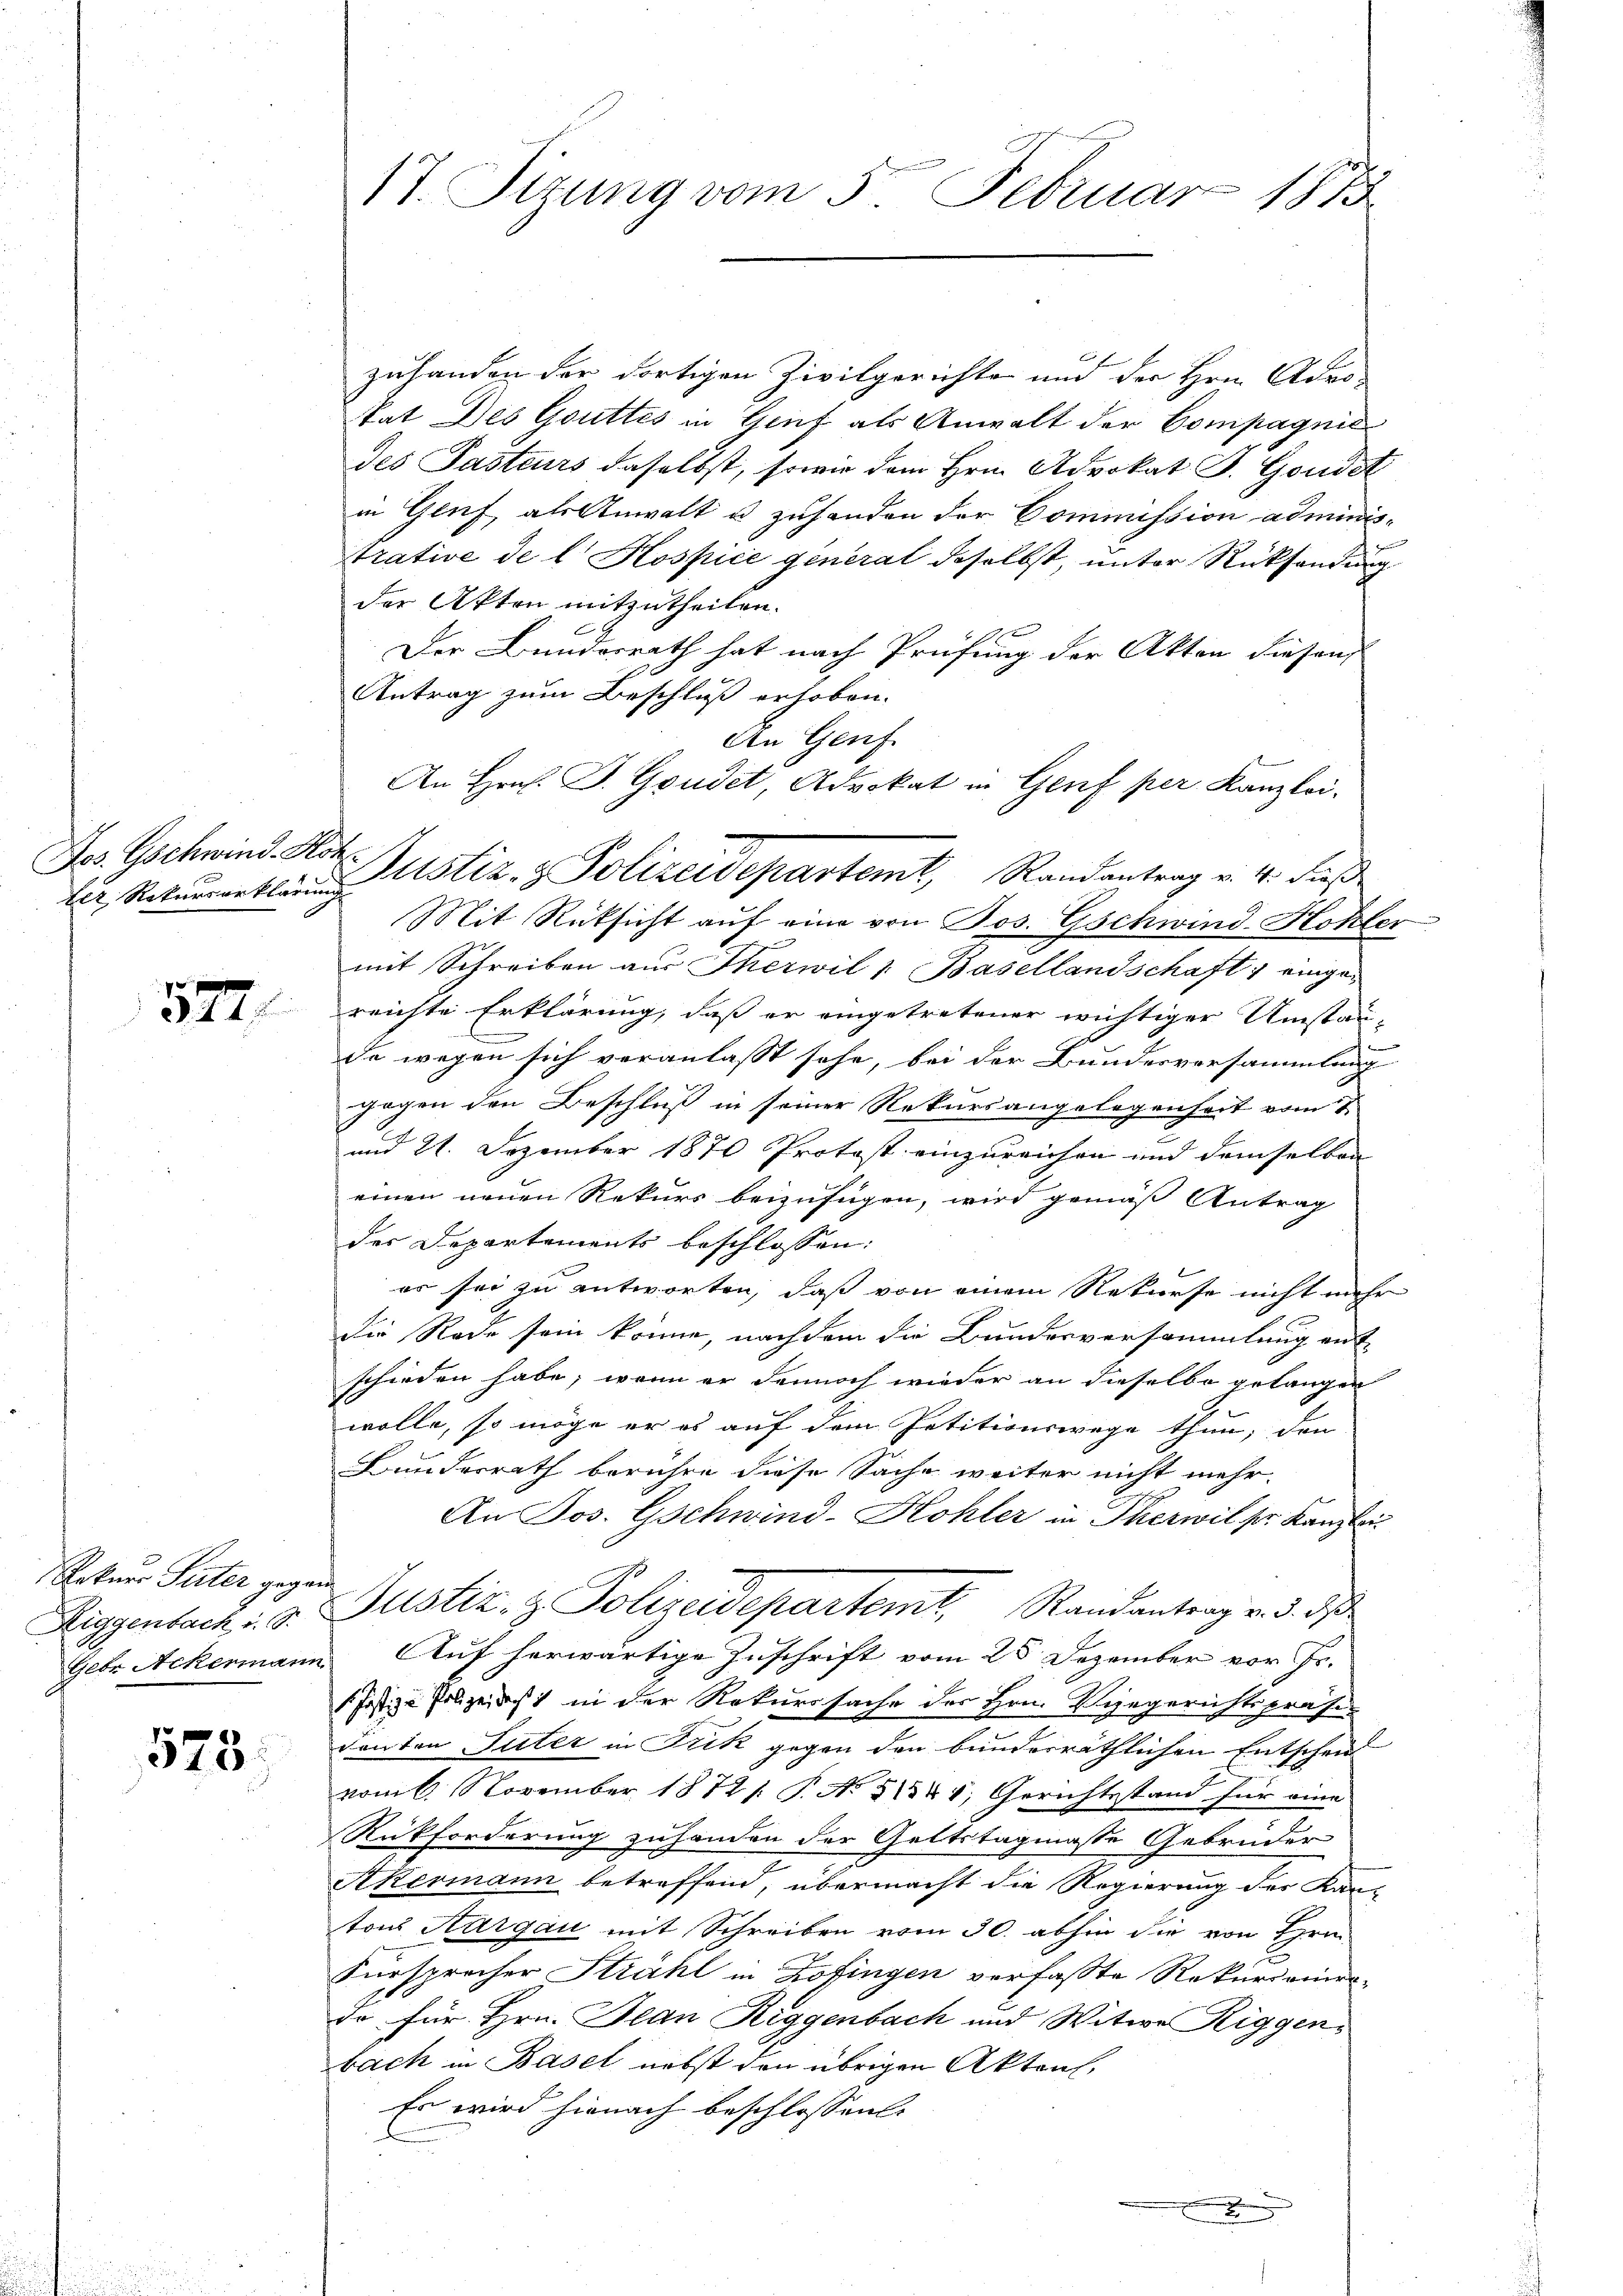
Jos. Gschwind-Roh.

572

Rekurs Peter gegen

578.

zuhanden der dortigen Zivilgerichte und der Hrn. Advotat des Gottes in Genf als Anwalt der Compagnie
des Pasteurs daselbst, sowie dem Hrn. Advokat J. Goudet
in Genf, als Anwalt u. zuhanden der Commission administrative de l Hospice general daselbst, unter Rücksendung
der Akten mitzutheilen.
Der Bundesrath hat nach Prüfung der Akten diesen
Antrag zum Beschluß erhoben.
An Genf.
Mit Rüksicht auf eine von Jos. Gschwind-Hohler
mit Schreiben aus Therwil v. Basellandschaft 1 eingereichte Erklärung, daß er eingetretener wichtiger Umstan-
da wegen sich veranlaßt sehe, bei der Bundesversammlung
gogen den Beschluß in seiner Rekursangelegenheit vom 2
und 21. Dezember 1870 Protost einzureichen und demselben
einen neuen Rekurs beizufügen, wird gemäß Antrag
der Departements beschlossen:
er sei zu antworten, daß von einem Rekurse nicht mehr
die Rede sein könne, nachdem die Bundesversammlung ent
schieden habe, wenn er dennoch wieder an dieselbe gelangen
wolle, so möge er es auf dem Petitionswege thun; den
Bundesrath berühre diese Sache weiter nicht mehr.
An Jos. Gschwind-Kohler in Therwil ser Kanzle
Riggenbach. d. Justiz- & Polizeidepartemt, Randantrag v. 3. ds
Gebr. Ackermann Auf herwärtige Zuschrift vom 28. Dezember vor Jr.
s Justiz-Polizeist in der Rekurssache des Hrn. Vizegerichtspräsidanten Suter in Frik gegen den bunderräthlichen Entschen
vom 6. November 1872/. P. No 81344, Gerichtsstand für eine
Rückforderung zuhanden der Geltstagmasse Gebrüder
Akermann betreffend, übermacht die Regierung der Kan-
tons Aargau mit Schreiben vom 30. abhin die von Hrn
Fürsprecher Strahl in Zofingen verfasste Rekurionierdo für Hrn. Plan Riggenbach und Witwe Riggens
bach in Basel nebst den übrigen Akten,
Es wird hienach beschlossen

17. Situng vom 5. Februar 1873

An Hrn. J. Goudet, Advokat in Genf per Kanzlei-
ler Rekurrerklären Astiz- & Polizeidepartemt, Randantrag v. 4. dieß